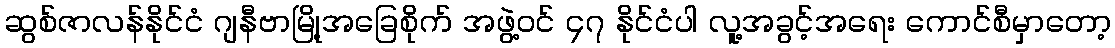
ဆွစ်ဇာလန်နိုင်ငံ ဂျနီဗာမြို့အခြေစိုက် အဖွဲ့ဝင် ၄၇ နိုင်ငံပါ လူ့အခွင့်အရေး ကောင်စီမှာတော့